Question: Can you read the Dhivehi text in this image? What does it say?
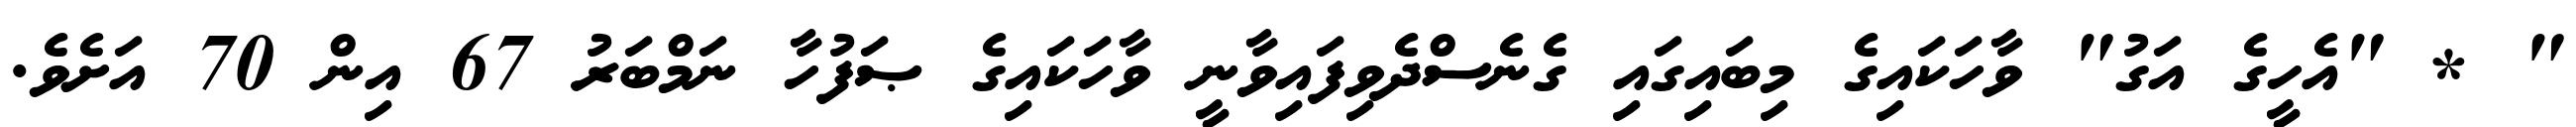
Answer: " * "އެހީގެ އަގު" ވާހަކައިގެ މިބައިގައި ގެނެސްދެވިފައިވާނީ ވާހަކައިގެ ޞަފުހާ ނަމްބަރު 67 އިން 70 އަށެވެ.